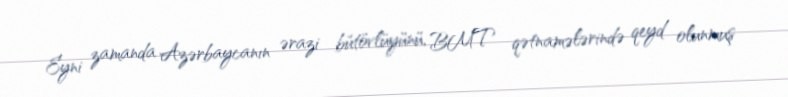
Eyni zamanda Azərbaycanın ərazi bütövlüyünü, BMT qətnamələrində qeyd olunmuş